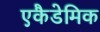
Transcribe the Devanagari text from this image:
एकैडेमिक